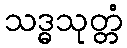
သဒ္ဓသုတ္တံ